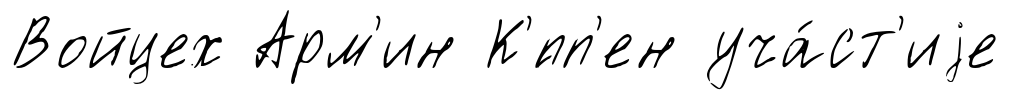
Войцех Арм'ин К'́пп'ен уча́ст'иjе